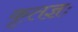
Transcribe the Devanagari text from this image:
कृतज्ञः